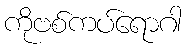
ကိုဗစ်ကပ်ရောဂါ